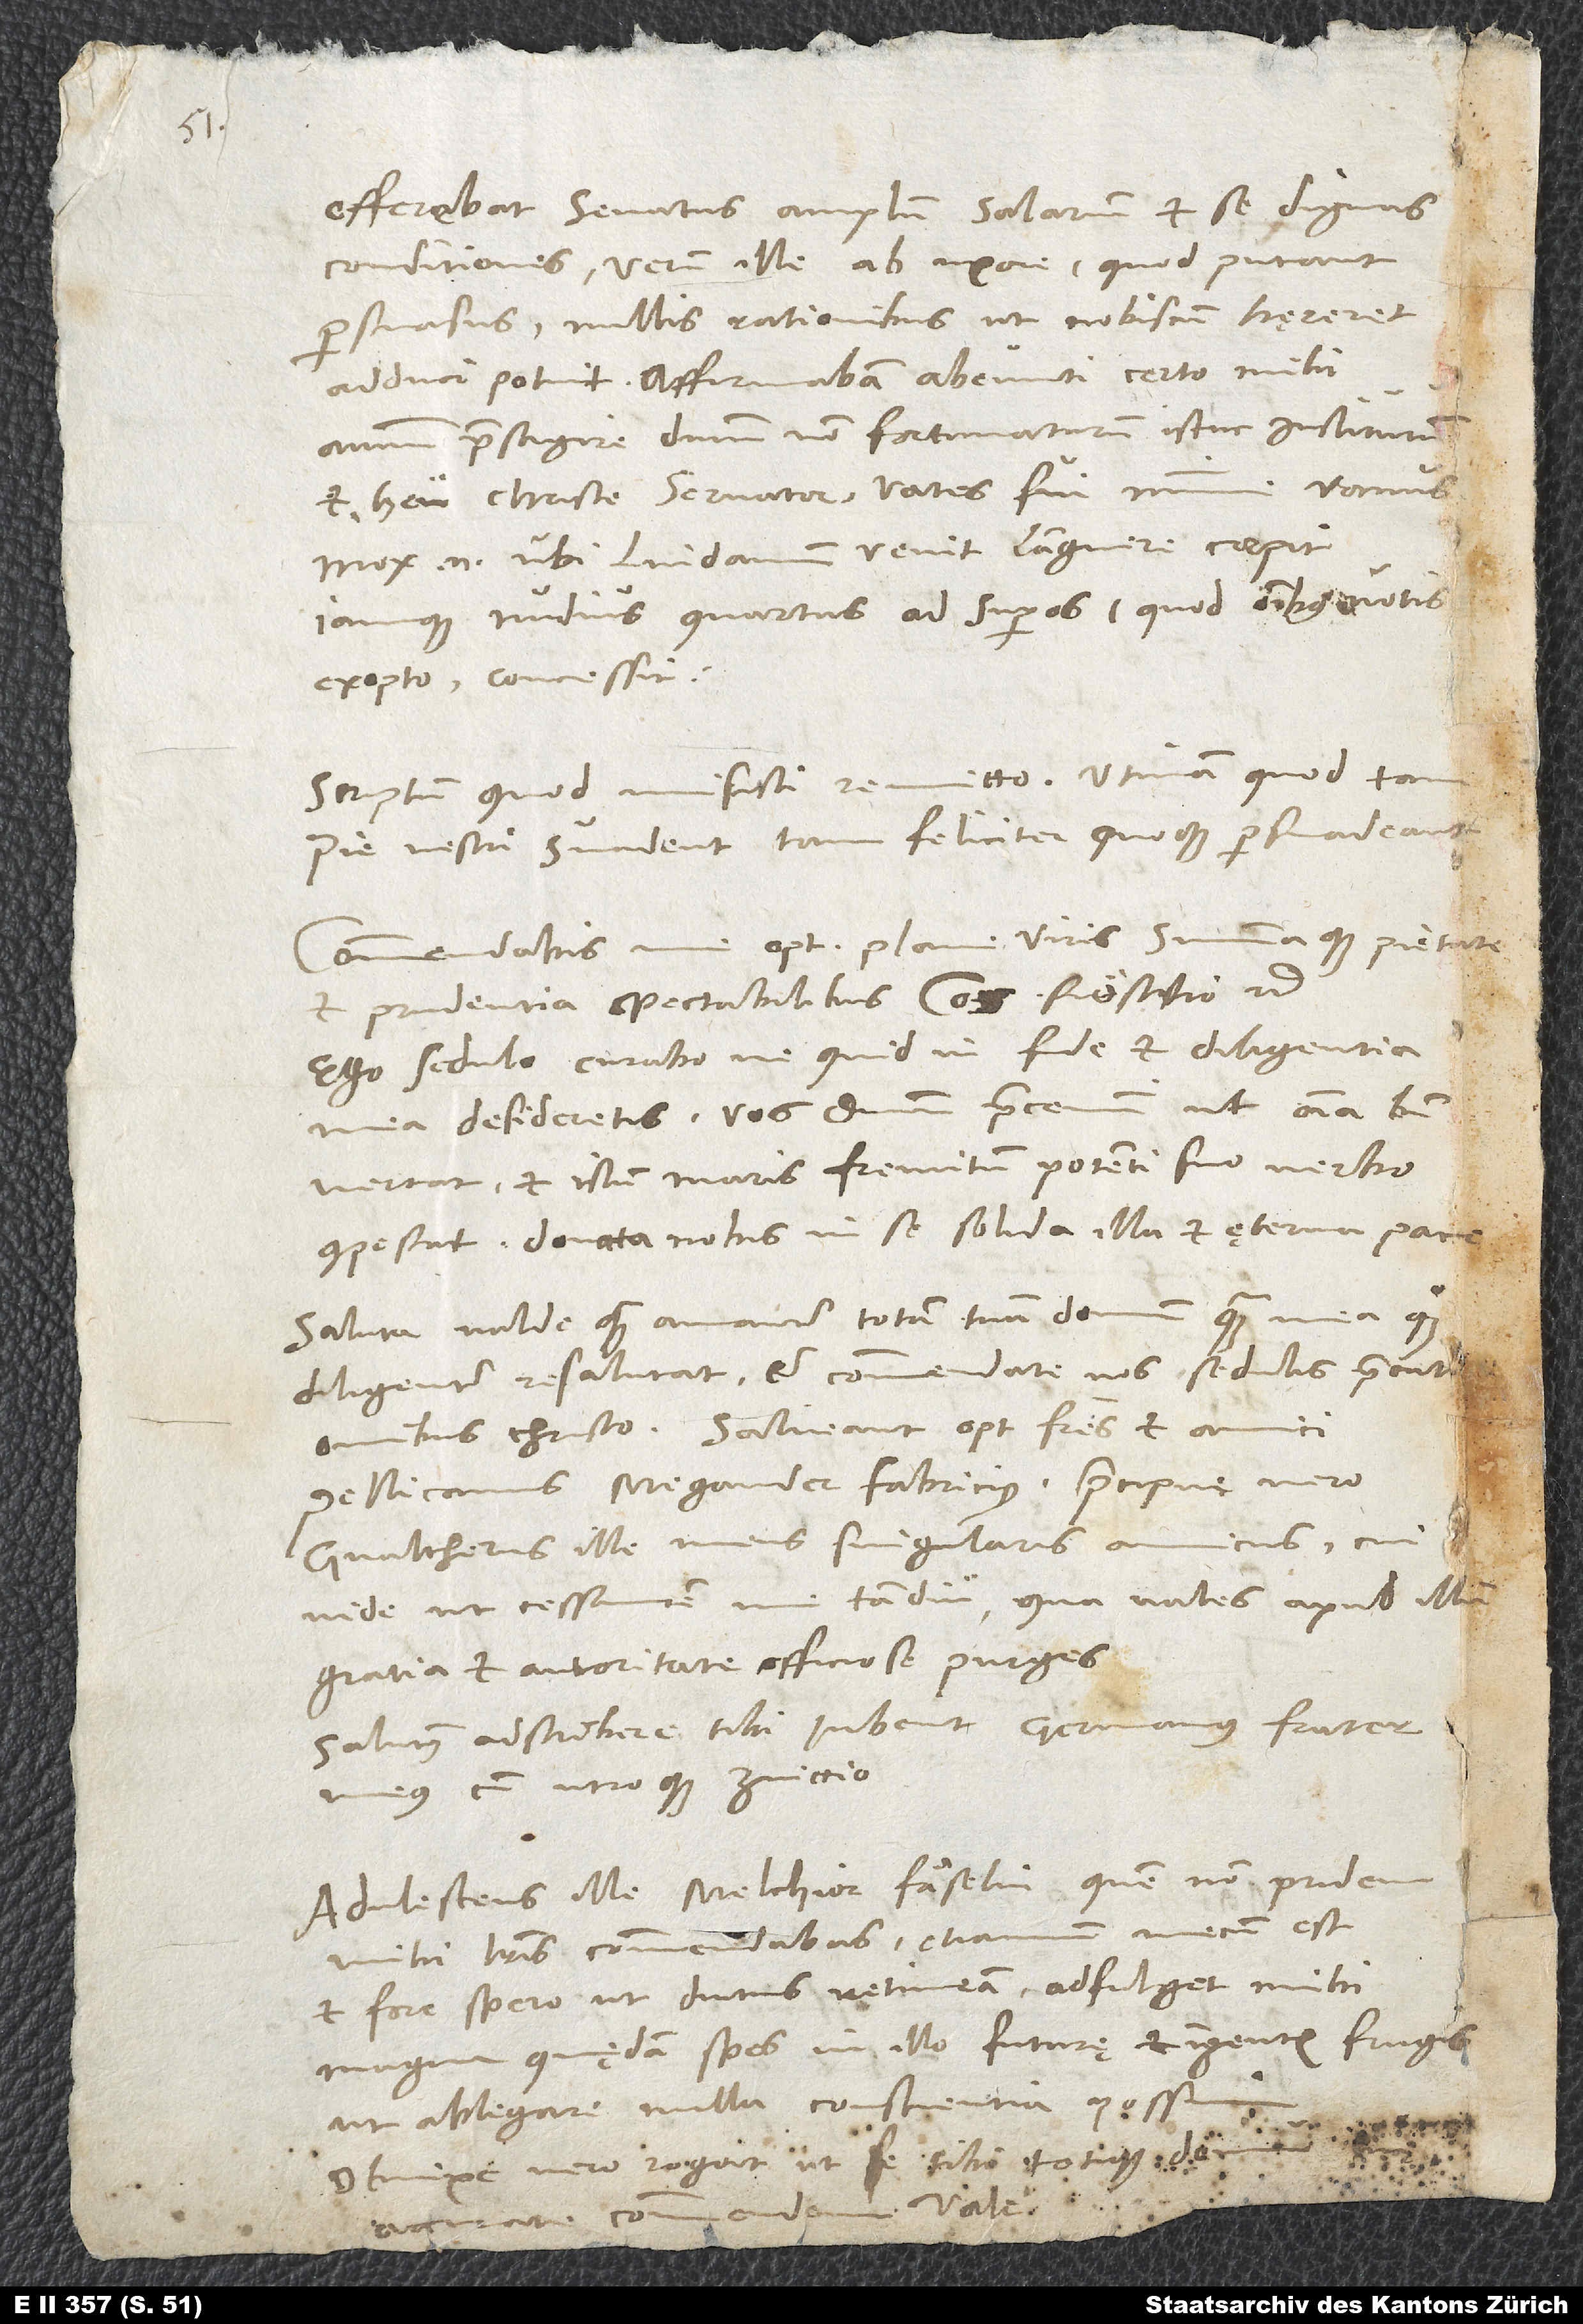
Offerebat senatus amplum salarium et se dignas
conditiones; verum ille ab uxore, quod putant,
persuasus nullis rationibus, ut nobiscum hęreret,
adduci potuit. Affirmabam abeunti certo mihi
animum praesagire dominum non fortunaturum istuc institutu
et, heu Christe servator, vates fui minime vanus;
mox enim, ubi Lindavium venit, languere coepit
iamque nudius quartus ad superos (quod omnibus votis
exopto) concessit.
Scriptum, quod misisti, remitto; utinam, quod tam
pie vestri suadent, tam feliciter quoque persuadeant!
Commendabis me optimis plane viris summaque pie.
Saluta valde quam amanter totam tuam domum, quam mea quoque
diligenter resalutat, et commendate nos sedulis precationibus
Christo. Salveant optimi fratres et amici
Pellicanus, Megander, Fabricius, praecipue vero
Gvaltherus, ille meus singularis amicus, cui
vide, ut cessantem me tam diu, qua vales apud ill
gratia et autoritate, officiose purges.
Salutem adscribere tibi iubent germanus frater
meus cum utroque Zviccio.
Adulescens ille Melchior Fäselin, quem non pridem
mecum est,
mihi literis commendabas, etiamnum
et fore spero, ut diutius retineam. Adfulget mihi
magna quędam spes in illo futurę et ingentis frugis,
ut ablegare nulla conscientia possim;
obnixe vero rogat, ut se tibi totique domui